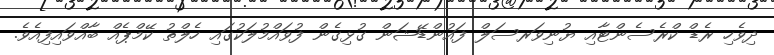
ދިވެހި ރެޑް ކްރެސެންޓާއި ޔުނިވަރސަލް ފައުންޑޭޝަން ގުޅިގެން ފުވައްމުލަކުގައި ހެލްތު ކޭމްޕެއް ބާއްވައިފިއެވެ.